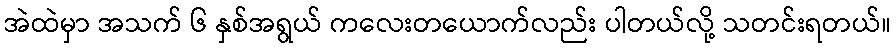
အဲထဲမှာ အသက် ၆ နှစ်အရွယ် ကလေးတယောက်လည်း ပါတယ်လို့ သတင်းရတယ်။